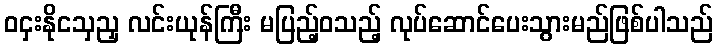
ဝငှးနိုငသှညှ လင်းယုန်ကြီး မပြည့်ဝသည့် လုပ်ဆောင်ပေးသွားမည်ဖြစ်ပါသည်